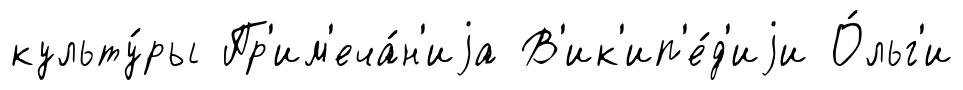
культу́ры Пр'им'еча́н'иjа В'ик'ип'е́д'иjи О́льг'и